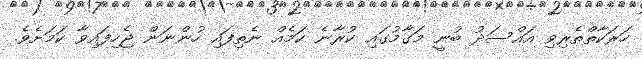
ހަރަކާތްތެރިވި އައްސަދު ބުނީ މަގާމުގައި ކުރާނެ ކަމެއް ނެތިފައި ހުންނަން ޖެހިފައިވާ ކަމަށެވެ.